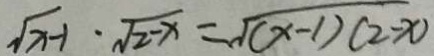
\sqrt { x - 1 } \cdot \sqrt { 2 - x } = \sqrt { ( x - 1 ) ( 2 - x ) }